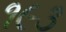
૧૯૩